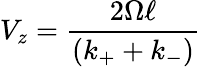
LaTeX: V_{z}={\frac{2\Omega\ell}{(k_{+}+k_{-})}}